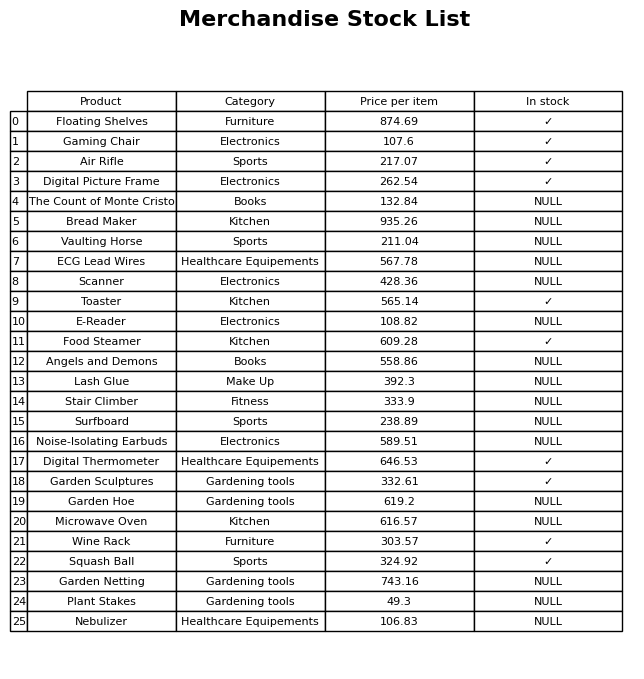
question: What is the price for E-Reader?
answer: The price of E-Reader is 108.82.